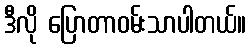
ဒီလို ပြောတာဝမ်းသာပါတယ်။